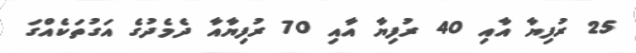
25 ރުފިޔާ އާއި 40 ރުފިޔާ އާއި 70 ރުފިޔާއާ ދެމެދުގެ އަގުތަކެއްގަ